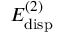
E _ { \mathrm { d i s p } } ^ { ( 2 ) }